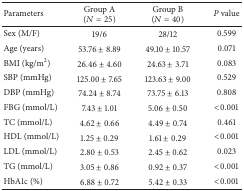
| Parameters | Group A (N = 25) | Group B (N = 40) | P value |
 | --- | --- | --- | --- |
 | Sex (M/F) | 19/6 | 28/12 | 0.599 |
 | Age (years) | 53.76 ± 8.89 | 49.10 ± 10.57 | 0.071 |
 | BMI (kg/m2) | 26.46 ± 4.60 | 24.63 ± 3.71 | 0.083 |
 | SBP (mmHg) | 125.00 ± 7.65 | 123.63 ± 9.00 | 0.529 |
 | DBP (mmHg) | 74.24 ± 8.74 | 73.75 ± 6.13 | 0.808 |
 | FBG (mmol/L) | 7.43 ± 1.01 | 5.06 ± 0.50 | <0.001 |
 | TC (mmol/L) | 4.62 ± 0.66 | 4.49 ± 0.74 | 0.461 |
 | HDL (mmol/L) | 1.25 ± 0.29 | 1.61 ± 0.29 | <0.001 |
 | LDL (mmol/L) | 2.80 ± 0.53 | 2.45 ± 0.62 | 0.023 |
 | TG (mmol/L) | 3.05 ± 0.86 | 0.92 ± 0.37 | <0.001 |
 | HbA1c (%) | 6.88 ± 0.72 | 5.42 ± 0.33 | <0.001 |